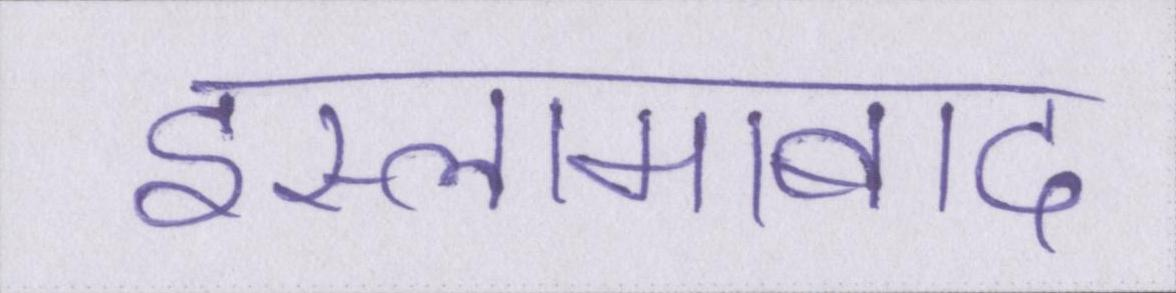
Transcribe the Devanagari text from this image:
इस्लामाबाद